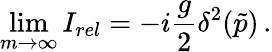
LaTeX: \operatorname*{lim}_{m\rightarrow\infty}I_{rel}=-i\frac{g}{2}\delta^{2}(\tilde{p})\, .